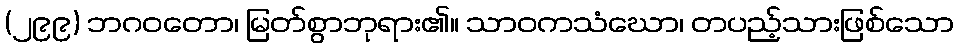
(၂၉၉) ဘဂဝတော၊ မြတ်စွာဘုရား၏။ သာဝကသံဃော၊ တပည့်သားဖြစ်သော